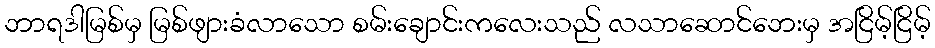
ဘာရဒါမြစ်မှ မြစ်ဖျားခံလာသော စမ်းချောင်းကလေးသည် လသာဆောင်ဘေးမှ အငြိမ့်ငြိမ့်